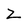
Character: Z